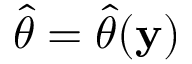
{ \widehat { \theta } } = { \widehat { \theta } } ( \mathbf { y } )